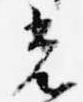
光